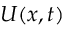
U ( x , t )